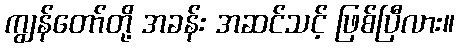
ကျွန်တော်တို့ အခန်း အဆင်သင့် ဖြစ်ပြီလား။